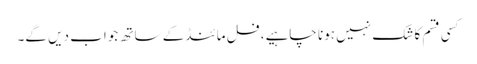
کسی قسم کا شک نہیں ہونا چاہیے، فل مائنڈ کے ساتھ جواب دیں گے۔